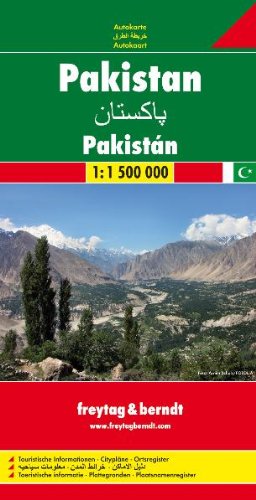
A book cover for Pakistan Road Map; Freytag-Berndt und Artaria; Travel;